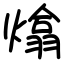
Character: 熻